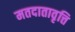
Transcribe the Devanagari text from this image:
मतदातावृत्ति